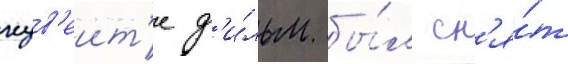
кув'еит'е ф'и́льм бы́л сн'я́т